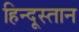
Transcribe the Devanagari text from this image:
हिन्दूस्तान